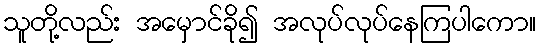
သူတို့လည်း အမှောင်ခို၍ အလုပ်လုပ်နေကြပါကော။